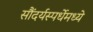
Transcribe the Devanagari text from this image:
सौंदर्यस्पर्धेमध्ये